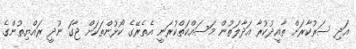
އަދި ސަރުކާރަށް ތާއީދުކުރާ އަދާލަތުން މަސައްކަތްކުރަނީ އެތެރޭގެ ކޯޅުންތަކަށް ޖާގަ ނުދީ ރައްޔިތުންގެ